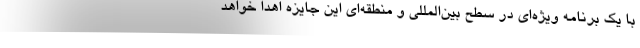
با یک برنامه ویژه‌ای در سطح بین‌المللی و منطقه‌ای این جایزه اهدا خواهد